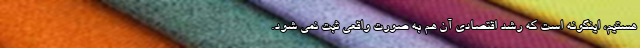
هستیم، اینگونه است که رشد اقتصادی آن هم به صورت واقعی ثبت نمی شود.